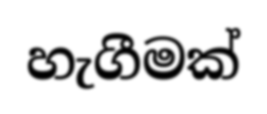
හැගීමක්